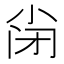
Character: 𡭬